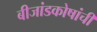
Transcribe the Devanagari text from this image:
बीजांडकोषांची